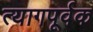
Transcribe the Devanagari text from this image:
त्यागपूर्वक